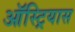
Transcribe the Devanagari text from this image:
ऑस्ट्रियास